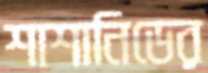
শাশানিডের